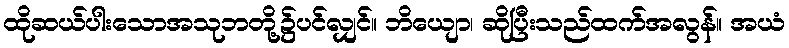
ထိုဆယ်ပါးသောအသုဘတို့၌ပင်လျှင်။ ဘိယျော၊ ဆိုပြီးသည်ထက်အလွန်။ အယံ